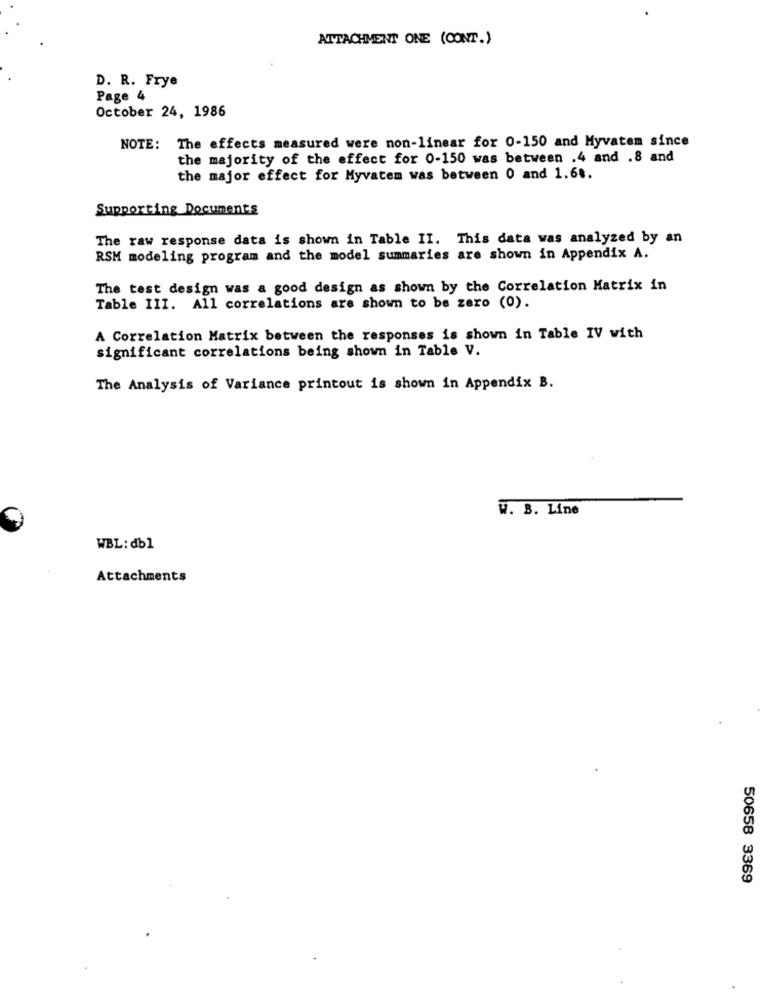
ATTACHMENT ONE (CONT.)
D. R. Frye
Page 4
October 24, 1986
NOTE: The effects measured were non-linear for 0-150 and Myvatem since
the majority of the effect for 0-150 was between .4 and .8 and
the major effect for Myvatem was between 0 and 1.64.
Supporting Documents
The raw response data is shown in Table II. This data was analyzed by an
RSM modeling program and the model summaries are shown in Appendix A.
The test design was a good design as shown by the Correlation Matrix in
Table III. All correlations are shown to be zero (0).
A Correlation Matrix between the responses is shown in Table IV with
significant correlations being shown in Table V.
The Analysis of Variance printout is shown in Appendix B.
W. B. Line
WBL: db1
Attachments
50658 3369